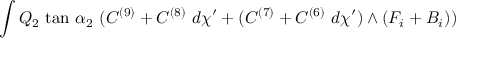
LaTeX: \int Q _ { 2 } ~ \mathrm { t a n } ~ \alpha _ { 2 } ~ ( C ^ { ( 9 ) } + C ^ { ( 8 ) } ~ d \chi ^ { \prime } + ( C ^ { ( 7 ) } + C ^ { ( 6 ) } ~ d \chi ^ { \prime } ) \wedge ( F _ { i } + B _ { i } ) )